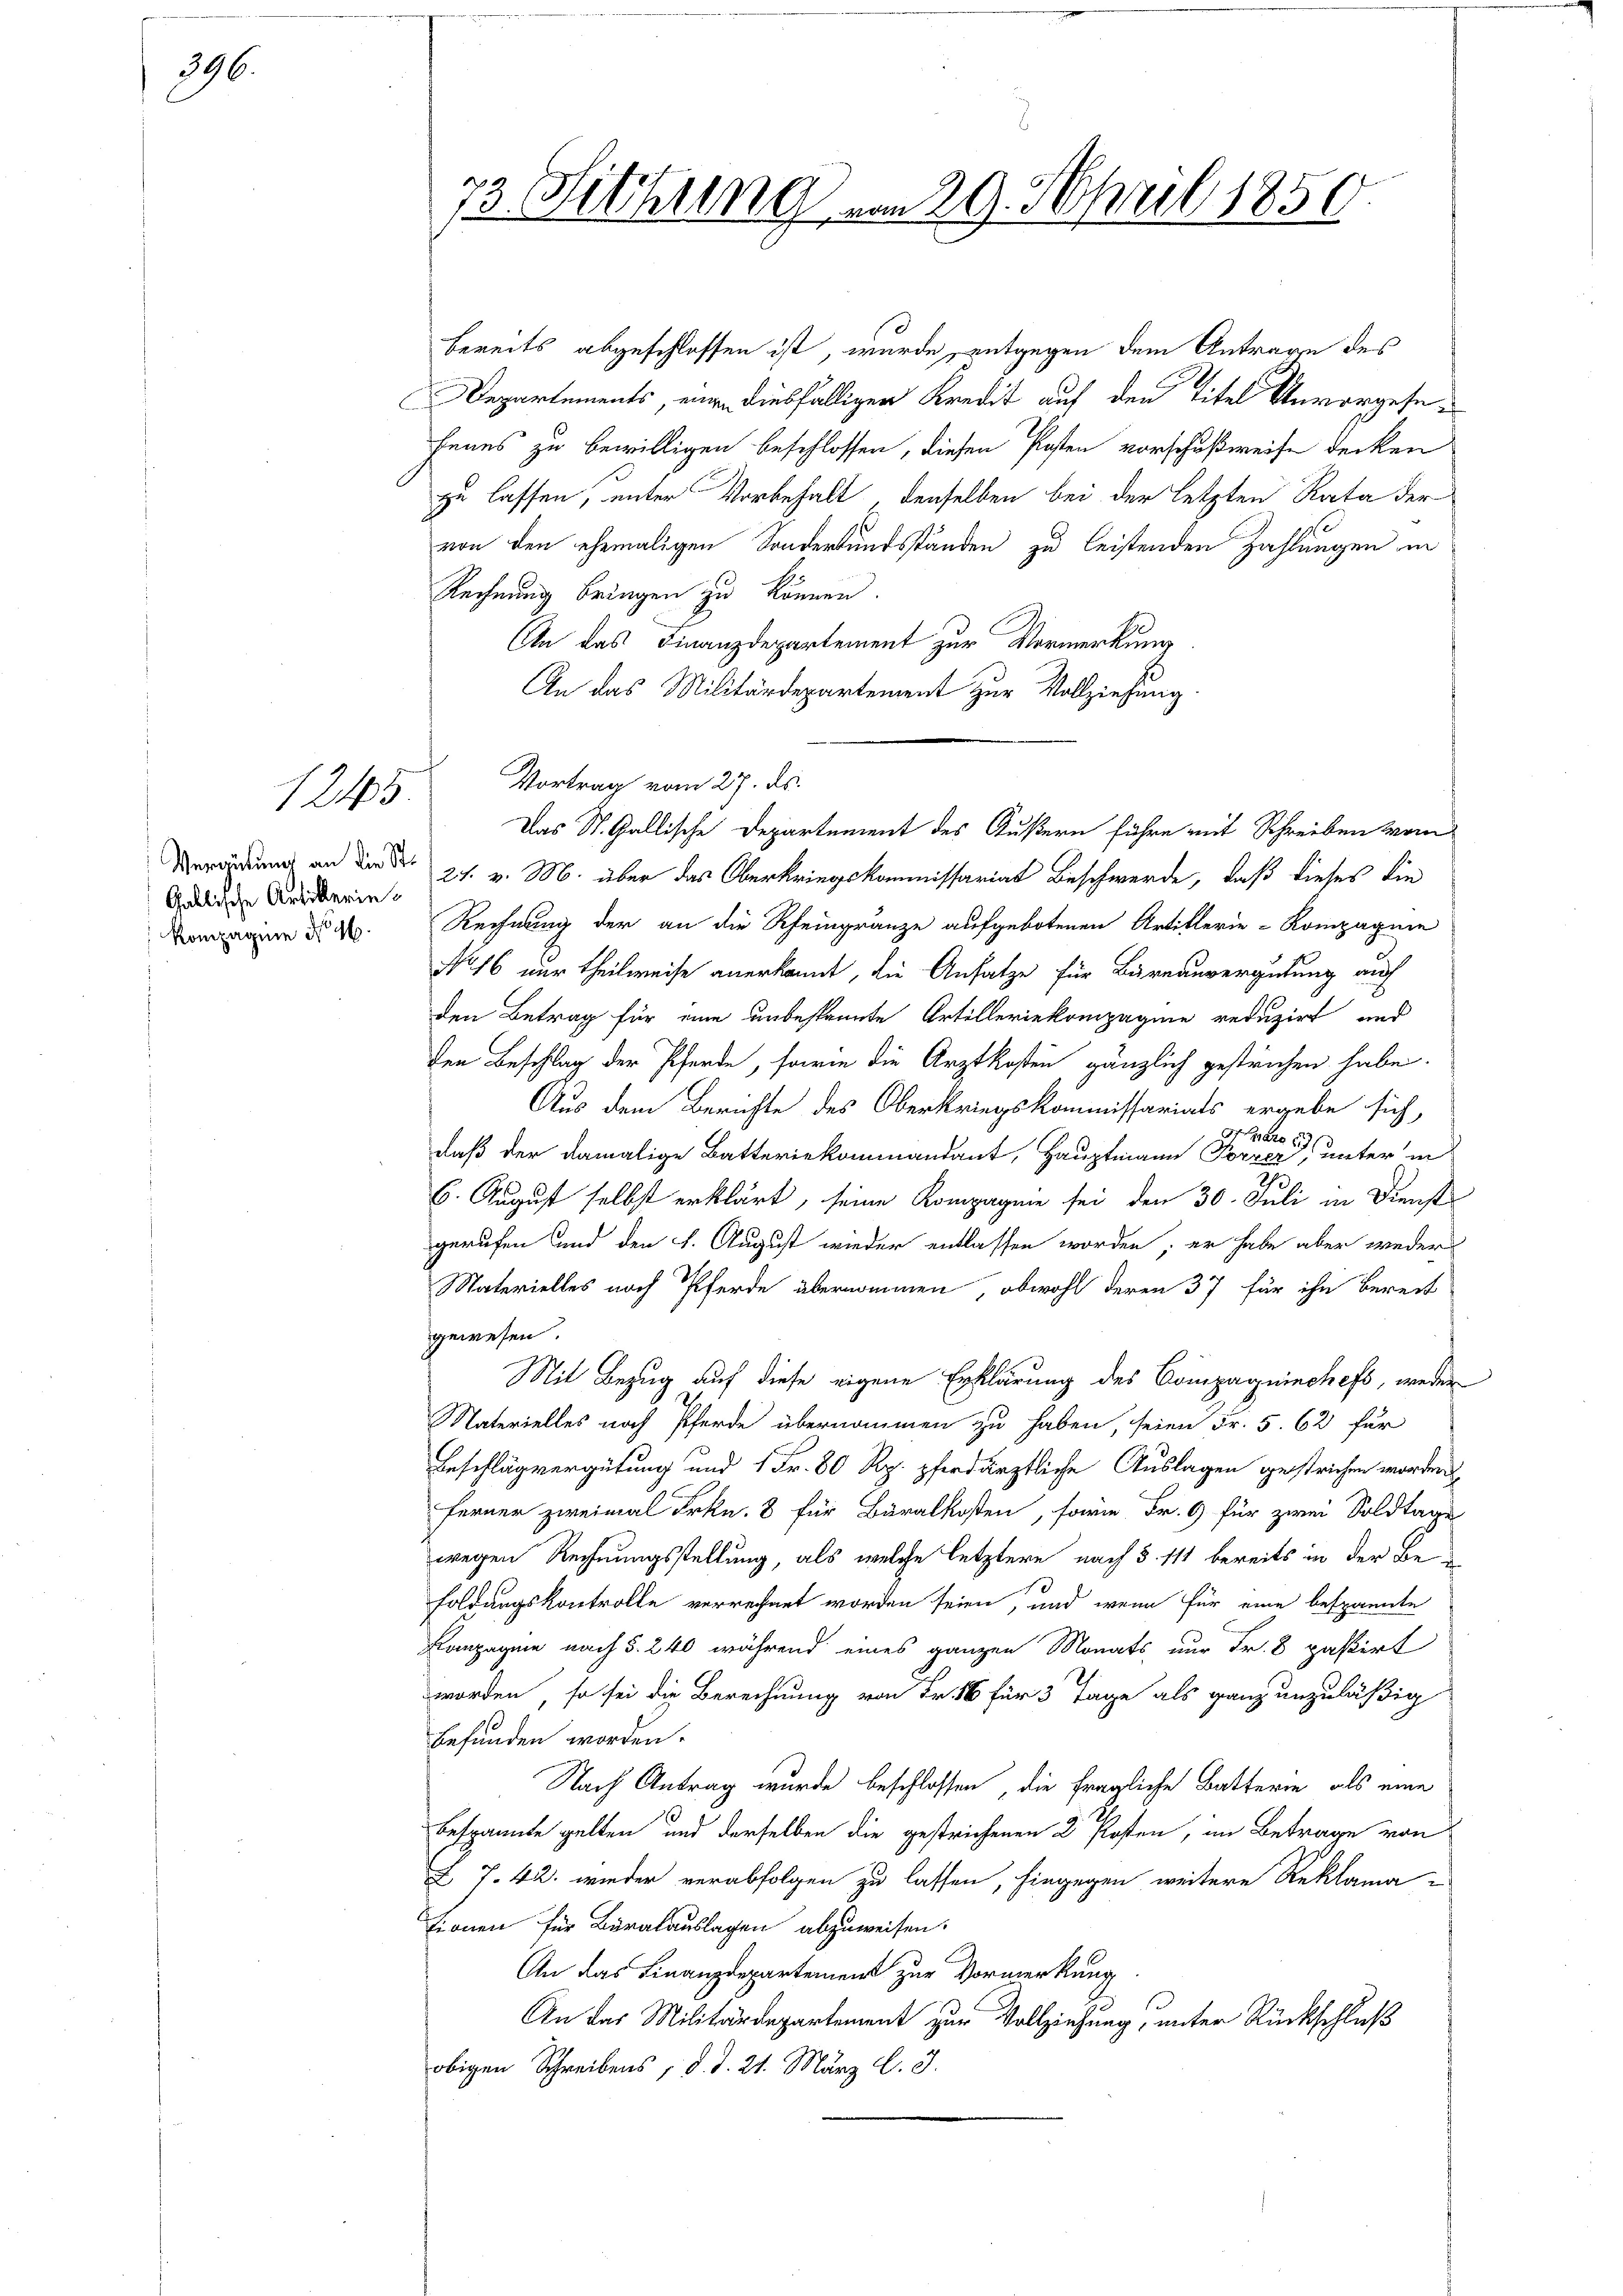
396.

Vergütung an die Ste
Gallische Artikerin¬
Kompagnie No 46.

1215

bereits abgeschlossen ist, wurde, entgegen dem Antrage des
Departements, einen diesfälliger Kredit auf den Titel Unvorgesefenes zu bewilligen beschlossen, diesen Posten vorschußweise decken
zu lassen, unter Vorbehalt denselben bei der letzten Rata der
von den ehemaligen Sonderkundsständen zu leistenden Zahlungen in
Rechnung bringen zu können.
An das Finanzdepartement zur Vermerkung
An das Militärdepartement zur Vollziehung
Vortrag vom 27. ds.
27. v. M. über das Oberkriegskommissariat Beschwerde, daß dieses die
Rechnung der an die Rheingränze aufgebotenen Artillerie-Rompagnie
No 16 nur theilweise anerkannt, die Ansatze für Bureauvergütung auf
den Betrag für eine unbespannte Artilleriekompagnie reduzirt und
den Beschlag der Pferde, form die Arztkosten gänzlich gestrichen habe.
Aus dem Berichte des Oberkriegskommissariats ergebe sich,
7 pro 191
daß der damalige Batteriekommandant, Hauptmann Forrer, unter in
.
6. August selbst erklärt, seine Kompagnie sei den 30. Juli in Dienst
gerufen und den 7. August wieder entlassen worden; er habe aber weder
Materielles noch Pferde übernommen, obwohl deren 37 für ihn bereit
gewesen
Mit Bezug auf diese eigene Erklärung des Compagninchefs, weder
Naterielles noch Pferde übernommen zu haben, seien Fr. 5. 62 für
Beschlagvergütung und 1 Fr. 80 Rp. pferdärztliche Auslagen gestrichen worden
ferner zweimal Frkn. 8 für Baralkosten, sowie Fr. 9 für zwei Soldtage
wegen Rechnungsstellung, als welche letztere nach § 111 bereits in der Be-
soldungskontrolle verrechnet worden seien, und wenn für eine bespannte
Kompagnie nach §. 240 während eines ganzen Monats nur Fr. 8 paßirt
worden, so sei die Berechnung von Fr. 16 für 3 Tage als ganz unzuläßig
befunden worden.
Nach Antrag wurde beschlossen, die fragliche Batterin als eine
Bespannte gelten und derselben die gestrichenen 2 Posten, im Betrage von
Z 7. 42. wieder verabfolgen zu lassen, hingegen weitere Reklama-
tionen für Buralauslagen abzuweisen.
An das Finanzdepartement zur Vormerkung
An das Militärdepartement zur Vollziehung, unter Rückschluß
obigen Schreibens, d. d. 21. März l. J.

73 Sitzung vom 29. April 1850

Das St. Gallische Departement des Äußern führe mit Schreiben vom